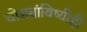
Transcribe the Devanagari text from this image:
घोड्यांविष्यीही